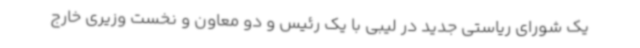
یک شورای ریاستی جدید در لیبی با یک رئیس و دو معاون و نخست وزیری خارج